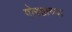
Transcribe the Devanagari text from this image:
गोरक्षाच्या